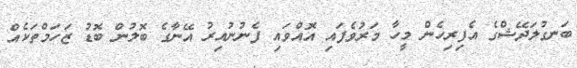
ބަނގުލަދޭޝްގެ އެފިރިހެން މީހާ މަރުވެފައި އޮއްވައި ފެނުނުއިރު އޭނާގެ ބޮލުން ބޮޑު ޒަހަމްތަކެއް